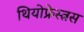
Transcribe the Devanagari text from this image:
थियोफ्रेस्त्रस